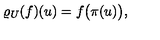
\lefteqn { \varrho _ { U } ( f ) ( u ) = f \big ( \pi ( u ) \big ) , }